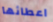
اعطائها